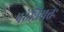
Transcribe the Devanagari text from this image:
पठेन्नियतः